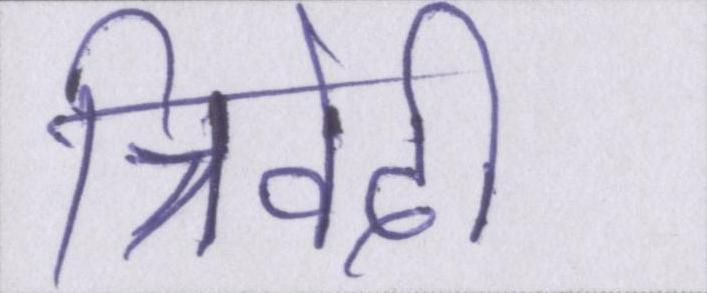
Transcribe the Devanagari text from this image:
त्रिवेदी